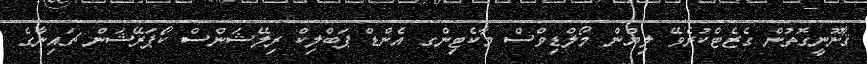
ޤާނޫނީގޮތުން ގެޒެޓްކުރެވޭ ލިޔުން މޯލްޑިވްސް މާކެޓިންގ އެންޑް ޕަބްލިކް ރިލޭޝަންސް ކޯޕަރޭޝަން ޗައިނާގެ